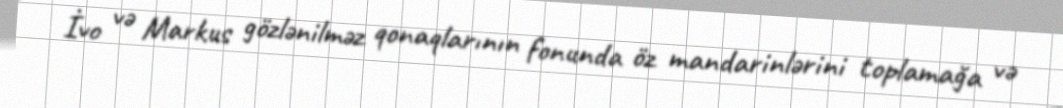
İvo və Markus gözlənilməz qonaqlarının fonunda öz mandarinlərini toplamağa və